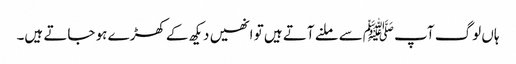
ہاں لوگ آپ ﷺسے ملنے آتے ہیں تو انھیں دیکھ کے کھڑے ہو جاتے ہیں۔